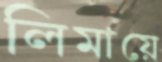
লিমায়ে